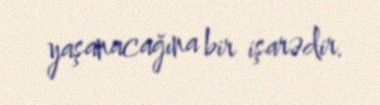
yaşanacağına bir işarədir.